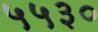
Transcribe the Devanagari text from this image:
५५३०